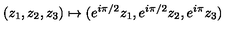
( z _ { 1 } , z _ { 2 } , z _ { 3 } ) \mapsto ( e ^ { i \pi / 2 } z _ { 1 } , e ^ { i \pi / 2 } z _ { 2 } , e ^ { i \pi } z _ { 3 } )